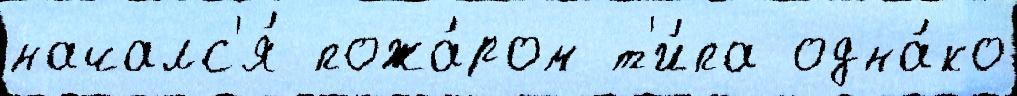
началс'я́ пожа́ром т'и́па одна́ко